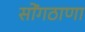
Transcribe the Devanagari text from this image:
सोंगठाणा